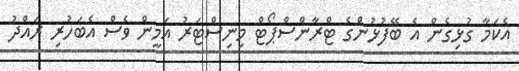
އެކަމާ ގުޅިގެން އެ ބޭފުޅުންގެ ޓްރާންސްޕޯޓް މިނިސްޓަރު އަމީން ވެސް އެބަހުރި ރައްދު